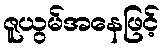
ဇူယွမ်အနေဖြင့်